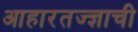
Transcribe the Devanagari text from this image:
आहारतज्‍ज्ञाची